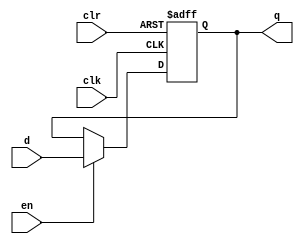
module dffe_ref(q, d, clk, en, clr);
   
   //Inputs
	//d -- data, clk -- clock, en -- enabled, clr -- clear
   input d, clk, en, clr;
   
   //Internal wire
   wire clr;

   //Output
   output q;
   
   //Register
   reg q;

   //Intialize q to 0
   initial
   begin
       q = 1'b0;
   end

   //Set value of q on positive edge of the clock or clear
	//q changes only when rising edge and enabled
	//when there are many registers in the same clock
	//decoder and enable can be used together to control whcih reg to write
   always @(posedge clk or posedge clr) begin
       //If clear is high, set q to 0
       if (clr) begin
           q <= 1'b0;
       //If enable is high, set q to the value of d
       end else if (en) begin
           q <= d;
       end
   end
endmodule